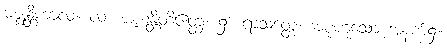
မဇ္ဈန္တိကာလ။ လ။ ဇဟန္တိတိဧတ္ထ၊ ၌။ ရာသတ္ထေ၊ အစုဟူသော အနက်၌။